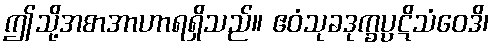
ဤသို့အစာအာဟာရရှိသည်။ ဧဝံသုခဒုက္ခပ္ပဋိသံဝေဒိ၊